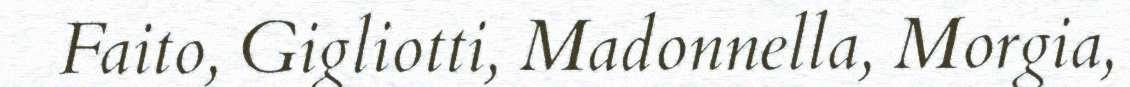
Faito, Gigliotti, Madonnella, Morgia,